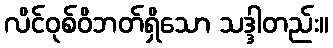
လိင်ဝုစ်ဝိဘတ်ရှိသော သဒ္ဒါတည်း။